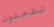
تفعلون